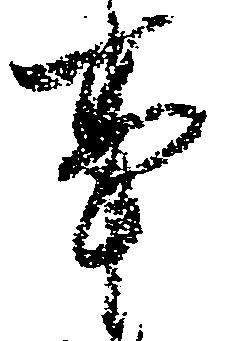
事